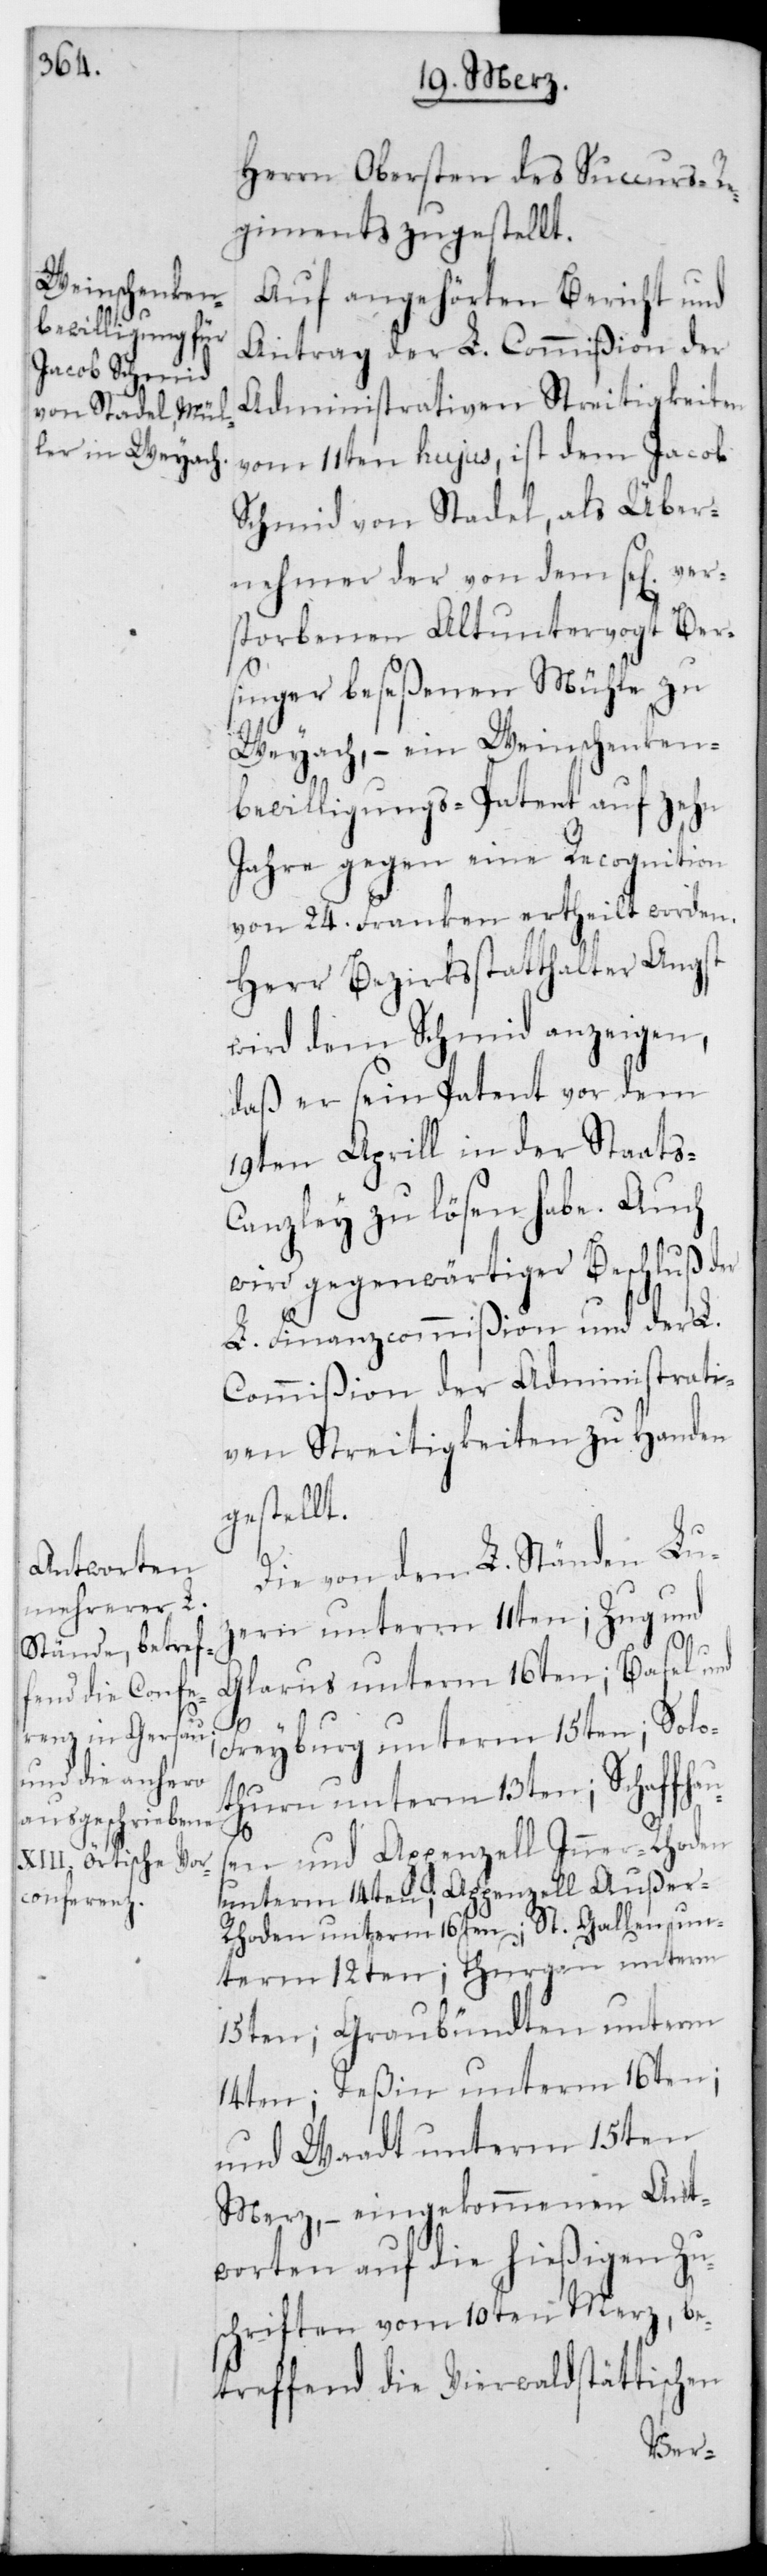
Herrn Obersten des Succurs-Re¬
giments zugestellt.
Auf angehörten Bericht und
Antrag der L. Commißion der
administrathiven Streitigkeiten
vom 11ten hujus, ist dem Jacob
Schmid von Stadel, als Über¬
nehmer der von dem se[lig] ver¬
storbenen alt Untervogt Ber¬
singer beseßenen Mühle zu
Weiach, – ein Weinschenken¬
bewilligungs-Patent auf zehn
Jahre gegen eine Recognition
von 24. Franken ertheilt worden.
Herr Bezirksstatthalter Angst
wird dem Schmid anzeigen,
daß er sein Patent vor dem
19ten April in der Staats¬
canzley zu lösen habe. Auch
wird gegenwärtiger Beschluß der
L. Finanzcommißion und der L.
Commißion der administrathi¬
ven Streitigkeiten zu Handen
gestellt.
Die von den L. Ständen Luz¬
ern unterm 11ten; Zug und
Glarus unterm 16ten; Basel und
Freyburg unterm 15ten; Solo¬
thurn unterm 13ten; Schaffhau¬
sen und Appenzell Inner Rhoden
unterm 14ten; Appenzell Außer-R¬
hoden unterm 16ten; St. Gallen un¬
term 12ten; Thurgau unterm
15ten; Graubündten unterm
14ten; Teßin unterm 16ten;
und Waadt unterm 15ten
Merz; – eingekommenen Ant¬
worten auf die hießigen Zu¬
schriften vom 10ten Merz, be¬
treffend die Vierwaldstättischen